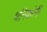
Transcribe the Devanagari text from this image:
धनिकांनी